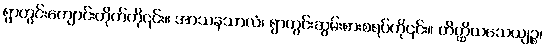
ရွာတွင်းကျောင်းတိုက်ကို၎င်း။ အာသနသာလံ၊ ရွာတွင်းဆွမ်းစားစရပ်ကို၎င်း။ တိတ္ထိယသေယျဉ္စ၊